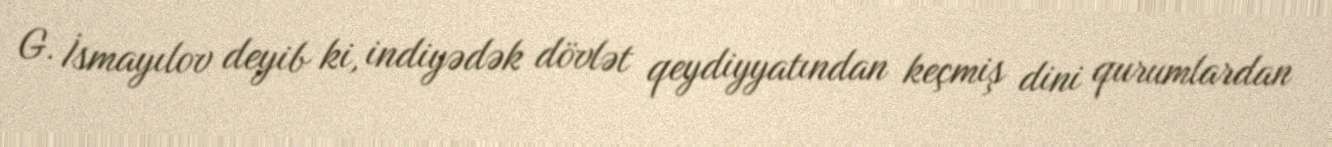
G. İsmayılov deyib ki, indiyədək dövlət qeydiyyatından keçmiş dini qurumlardan